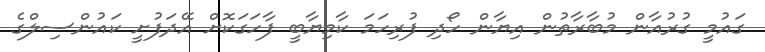
ގައުމީ ގުރުއާން މުބާރާތުން އިޔާން ހޯދި ފުރިހަމަ ކާމިޔާބީ ފާހަގަކޮށް އޭދަފުށީ ކައުންސިލްގެ